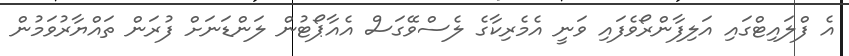
އެ ފްލައިޓްގައި އަލިފާންރޯވެފައި ވަނީ އެމެެރިކާގެ ލެސްވޭގަސް އެއާޕޯޓުން ލަންޑަނަަށް ފުރަން ތައްޔާރުވަމުން